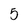
Character: 5